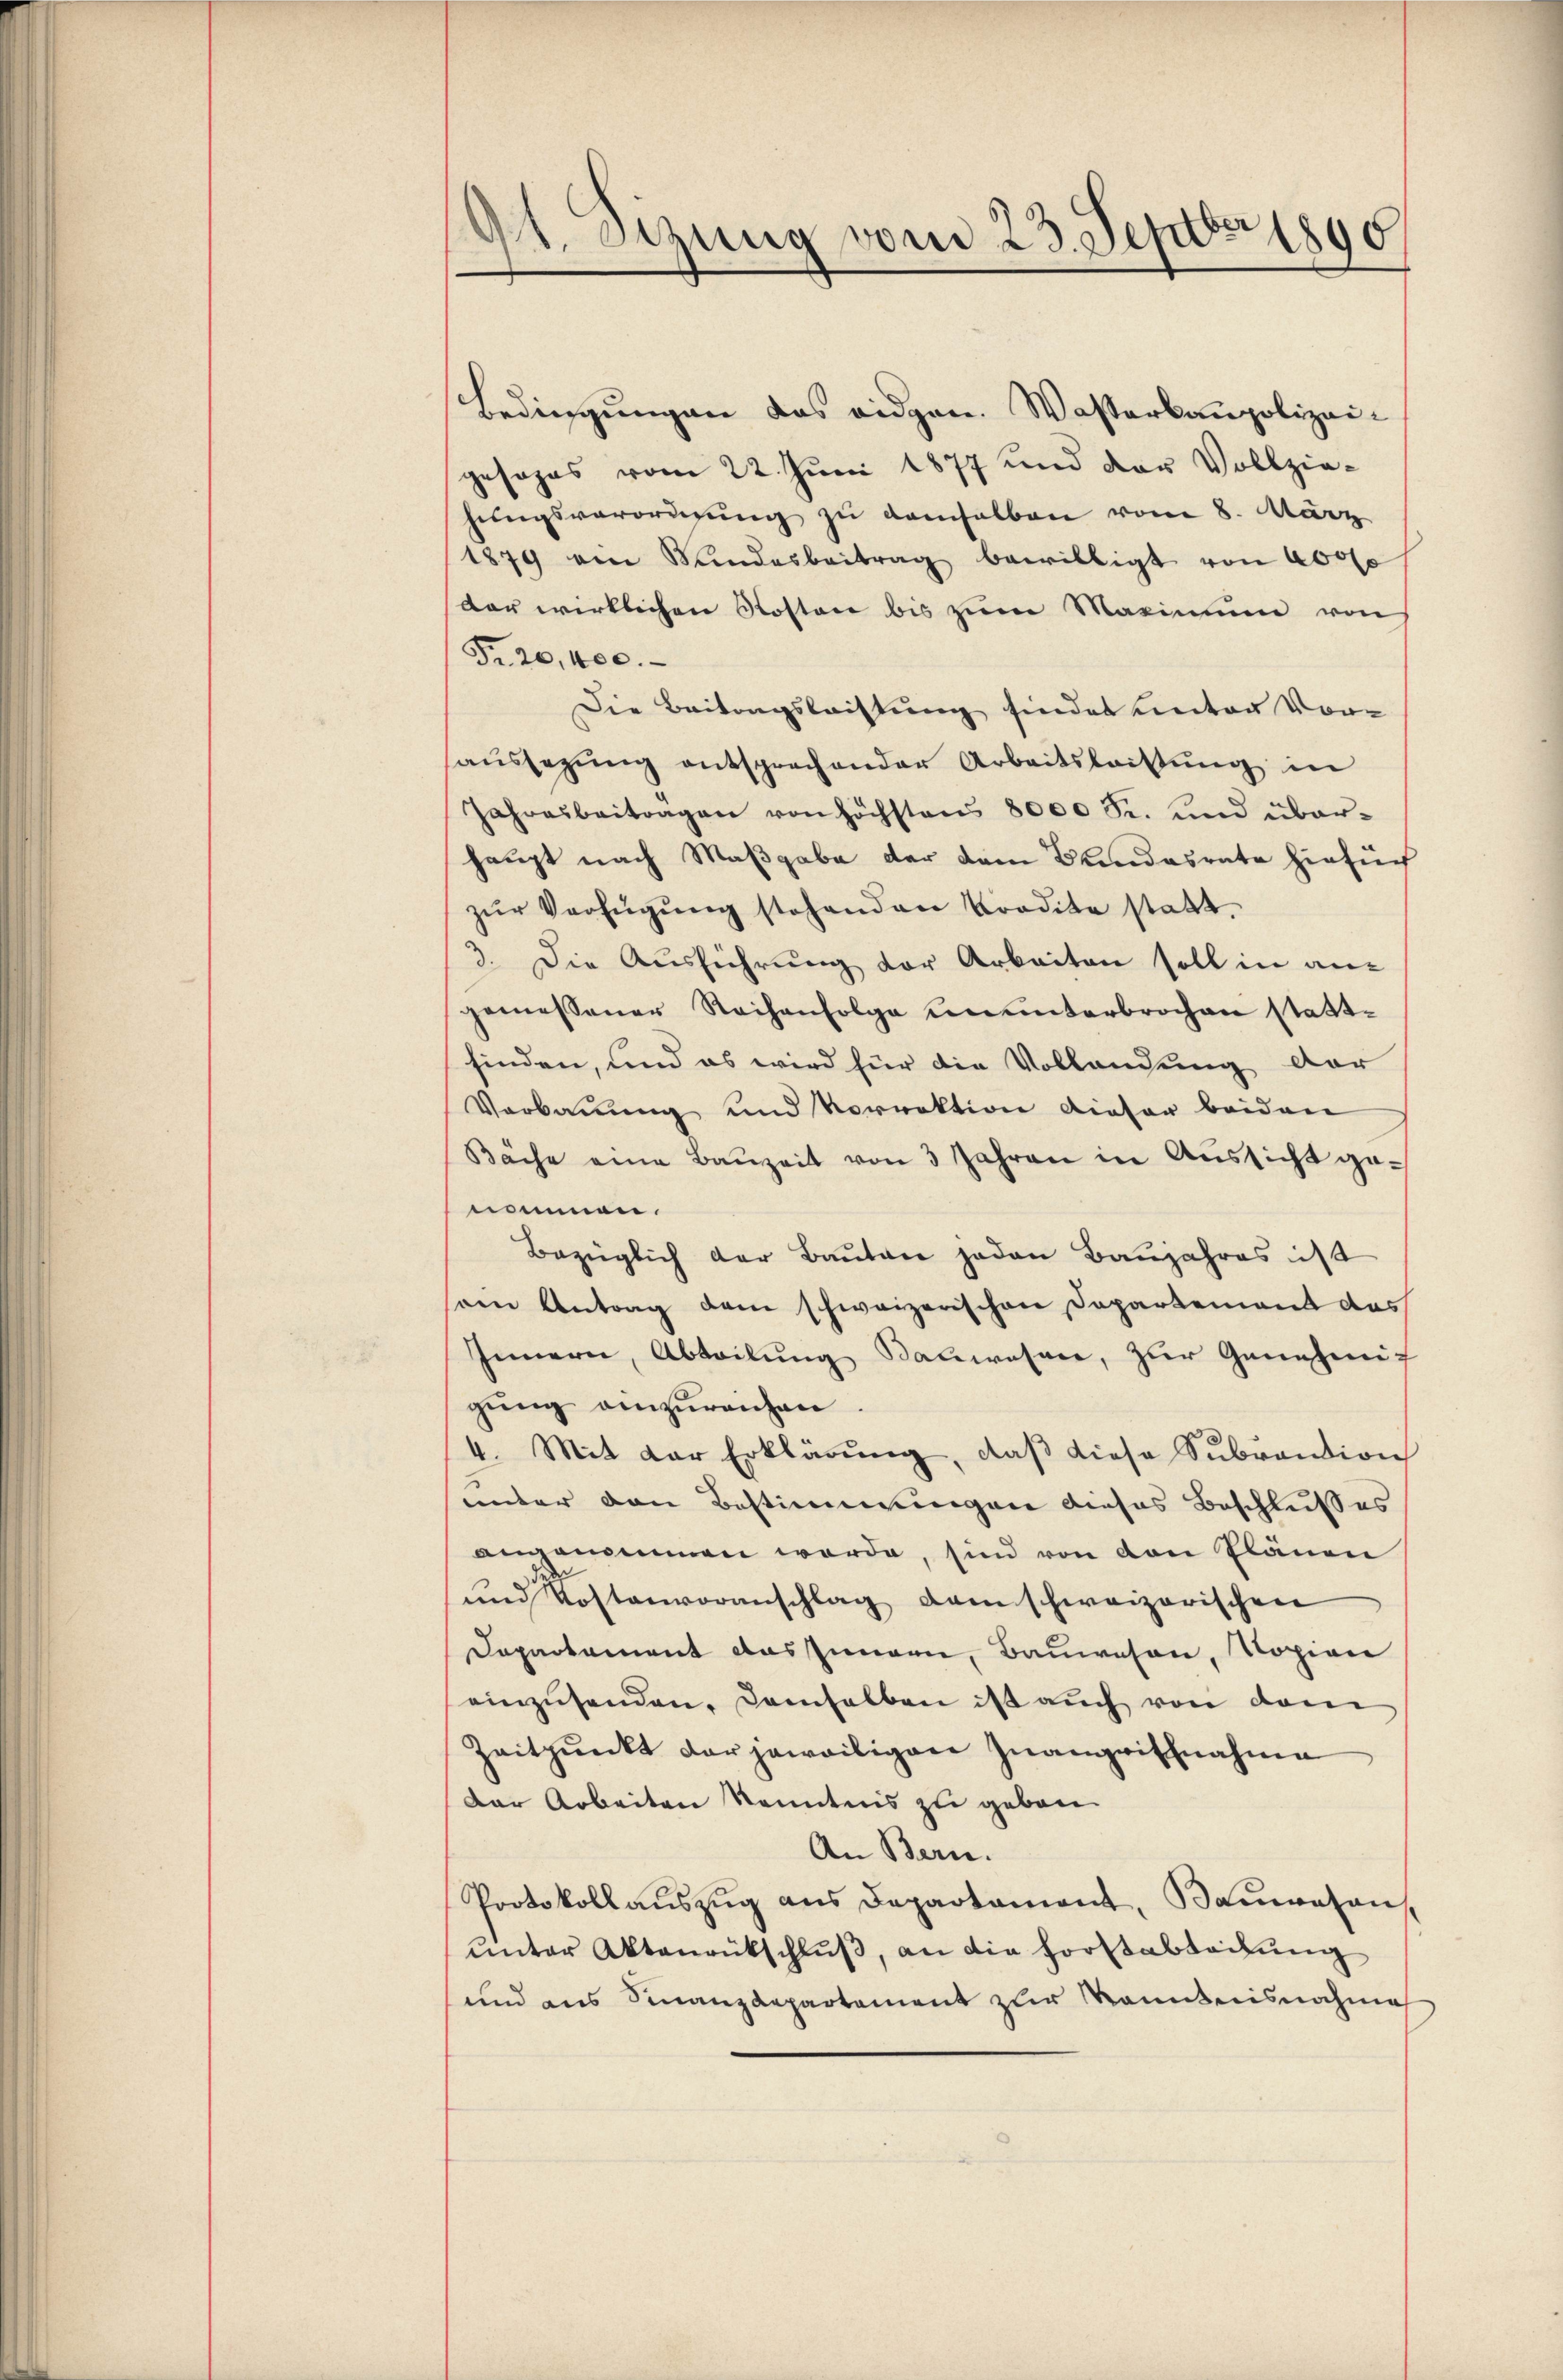
9t. Sizung vom 23. Sept 1890

Bedingungen das eidgen. Wasserkanpolizeigesages vom 22. Juni 1877 und der Vollziehŭngsverordnŭng zu demselben vom 8. März
1879 ein Bundesbeitrag bewilligt von 400f
dar wirklichen Kosten bis zum Maximum von
Fr. 20, 400.
Die Beitragsleistung findet unter Vorsaŭssezŭng entsprechender Arbeitsleistŭng in
Jahresbeiträgen von höchstens 8000 S. und über-
haupt nach Maßgabe der dem Bundesrate hiefür
zŭr Verfügŭng stehenden Tradita statt.
3. Die Ausführung vor Arbeiten soll in angemessener Reihenfolge ununterbrochen stattfinden, und es wird für die Vollandung der
Verbauung und Vorrektion dieser beiden
Bäche eine Bauzeit von 3 Jahren in Aussicht ge-
nommen.
Bezüglich der Baŭten jeden Baŭjahres ist
ren Antrag dem schweizerischen Departement das
Innern, Abteilŭng Bauwesene, zŭr Genehmig
gŭng einzŭreichen.
4. Mit der Erklärŭng, daβ diese Sŭbvention
unter den Bestimmungen dieses Beschlußes
angenommen werde, sind von von Plänen
und Kostenvoranschlag dem schweizerischen
Dapartament das Innern, Bauwesen, Kopian
einzŭsenden. Demselben ist auch von dem
Zeitpunkt der jeweiligen Inanzwischnahme
Dar Arbeiten Kenntnis zu geben.
An Bern.
Protokoll aŭszŭg ans Departament, Bauwesens
unter Aktenrütschluß, an die Forstabladung
und aus Finanzdepartement zur Kenntnisnahme